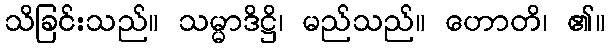
သိခြင်းသည်။ သမ္မာဒိဋ္ဌိ၊ မည်သည်။ ဟောတိ၊ ၏။